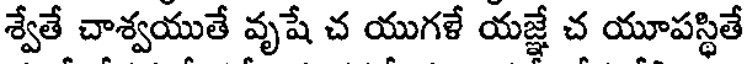
శ్వేతే చాశ్వయుతే వృషే చ యుగళే యజ్ఞే చ యూపస్థితే